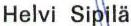
Helvi Sipilä